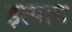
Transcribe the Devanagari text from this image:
इत्याद